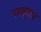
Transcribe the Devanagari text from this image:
परसुएडर